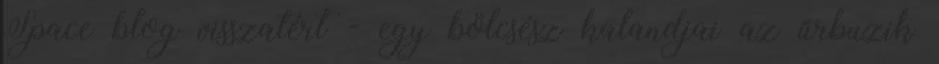
Space blog visszatért - egy bölcsész kalandjai az űrbuzik